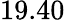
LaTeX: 19.40